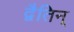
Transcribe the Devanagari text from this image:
द्वैतिन्